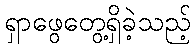
ရှာဖွေတွေ့ရှိခဲ့သည့်